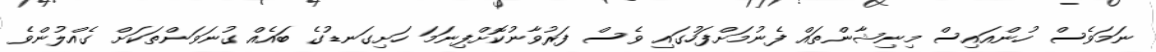
ނަމަވެސް ހުންއައިސް މިނިޝާންތައް ފެނުމަށްފަހުގައި ވެސް ފަރުވާނުކޮށްފިނަމަ ހަށިގަނޑުގެ ބައެއް ގުނަވަންތަކަށް ގެއްލުންވެ